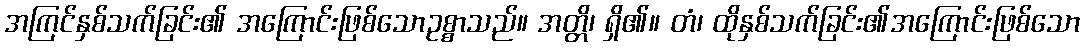
အကြင်နှစ်သက်ခြင်း၏ အကြောင်းဖြစ်သောဥစ္စာသည်။ အတ္တိ၊ ရှိ၏။ တံ၊ ထိုနှစ်သက်ခြင်း၏အကြောင်းဖြစ်သော